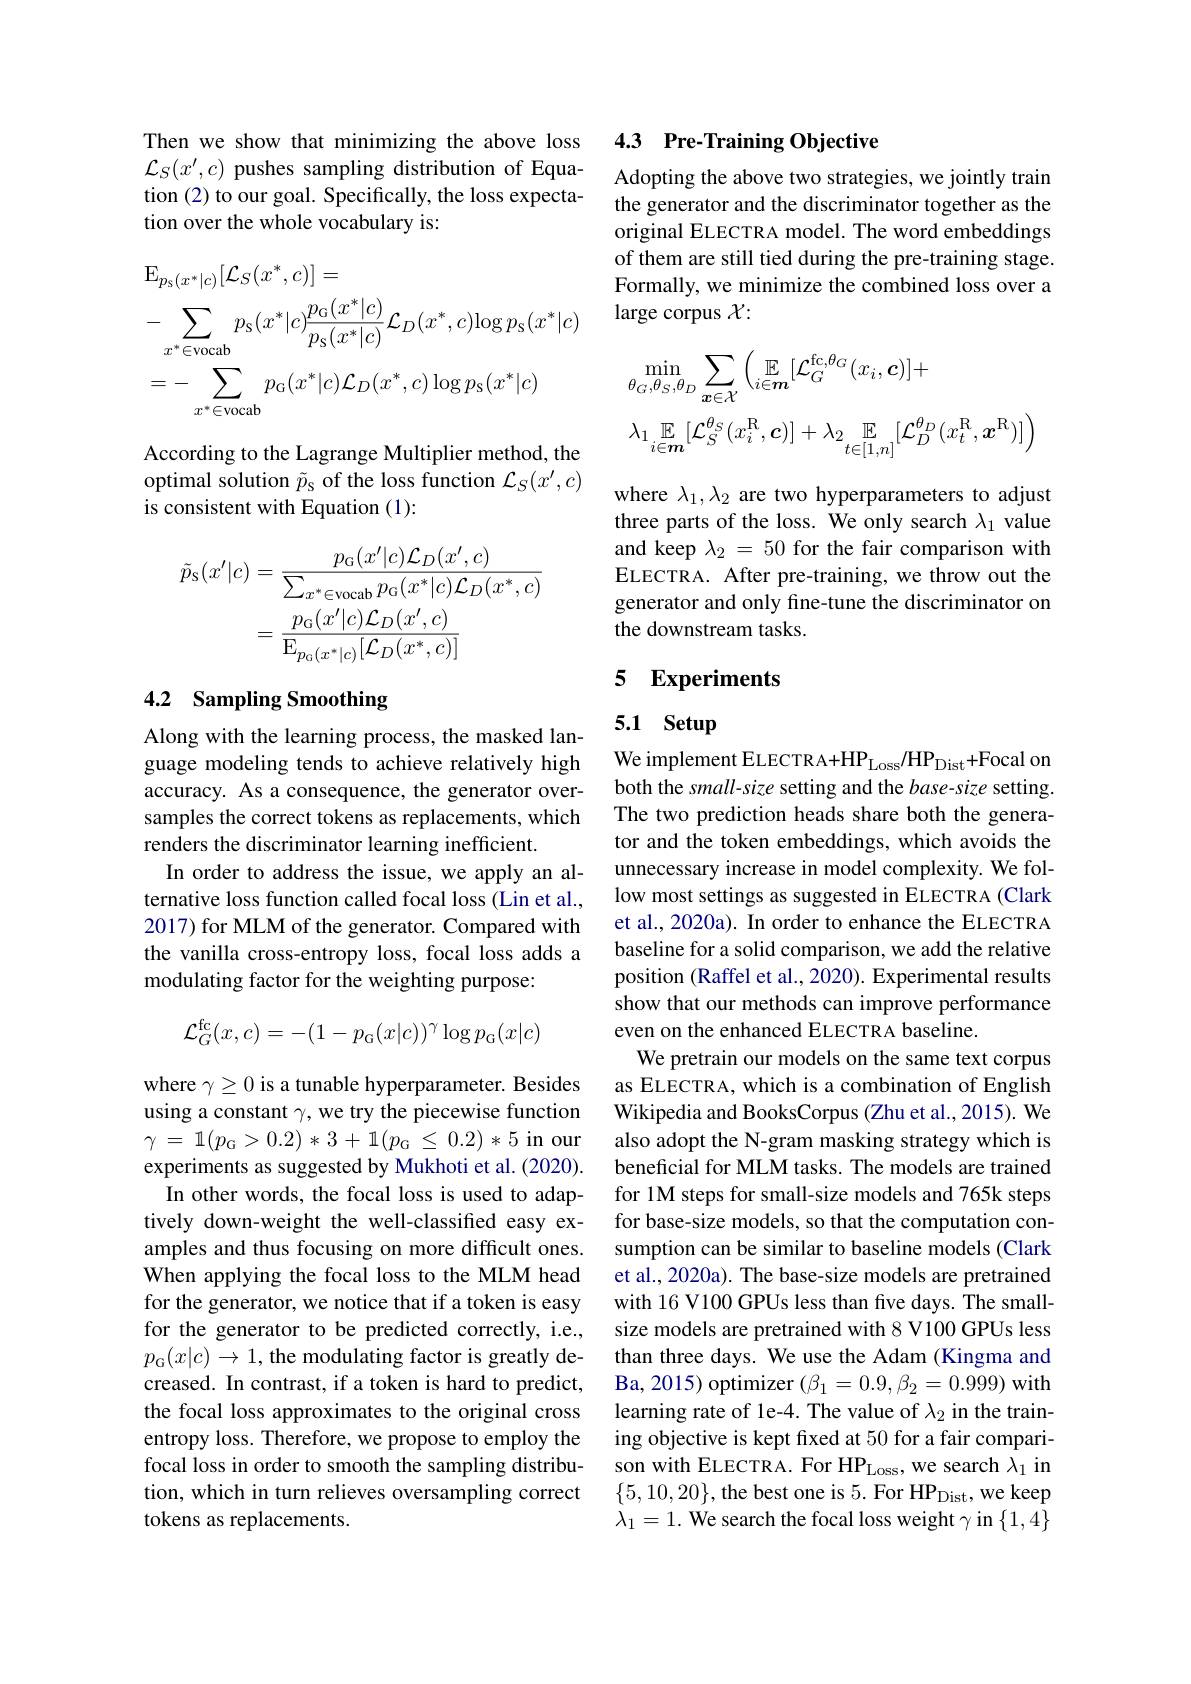
Then we show that minimizing the above loss $\mathcal{L}_S(x^{\prime},c)$ pushes sampling distribution of Equation (2) to our goal. Specifically, the loss expectation over the whole vocabulary is:
$$\begin{aligned}&\operatorname{E}_{p_{s}(x^{*}|c)}[\mathcal{L}_{S}(x^{*},c)]=\\&-\sum_{x^{*}\in\mathrm{vocab}}p_{S}(x^{*}|c)\frac{p_{\mathrm{G}}(x^{*}|c)}{p_{\mathrm{S}}(x^{*}|c)}\mathcal{L}_{D}(x^{*},c)\mathrm{log}\:p_{\mathrm{s}}(x^{*}|c)\\&=-\sum_{x^{*}\in\mathrm{vocab}}p_{\mathrm{G}}(x^{*}|c)\mathcal{L}_{D}(x^{*},c)\log p_{\mathrm{s}}(x^{*}|c)\end{aligned}$$
According to the Lagrange Multiplier method, the optimal solution $\tilde{p}_{\mathrm{s}}$ of the loss function $\mathcal{L}_S(x^\prime,c)$ is consistent with Equation (1):
$$\begin{aligned}\tilde{p}_{\mathrm{S}}(x^{\prime}|c)&=\frac{p_{\mathrm{G}}(x^{\prime}|c)\mathcal{L}_{D}(x^{\prime},c)}{\sum_{x^{*}\in\mathrm{vocab}}p_{\mathrm{G}}(x^{*}|c)\mathcal{L}_{D}(x^{*},c)}\\&=\frac{p_{\mathrm{G}}(x^{\prime}|c)\mathcal{L}_{D}(x^{\prime},c)}{\mathrm{E}_{p_{\mathrm{G}}(x^{*}|c)}[\mathcal{L}_{D}(x^{*},c)]}\end{aligned}$$
## 4.2 Sampling Smoothing

Along with the learning process, the masked language modeling tends to achieve relatively high accuracy. As a consequence, the generator oversamples the correct tokens as replacements, which renders the discriminator learning inefficient.
In order to address the issue, we apply an alternative loss function called focal loss (Lin et al., 2017) for MLM of the generator. Compared with the vanilla cross-entropy loss, focal loss adds a modulating factor for the weighting purpose:
$$\mathcal{L}_{G}^{\mathrm{fc}}(x,c)=-(1-p_{\mathrm{G}}(x|c))^{\gamma}\log p_{\mathrm{G}}(x|c)$$
where $\gamma\geq0$ is a tunable hyperparameter. Besides using a constant $\gamma$, we try the piecewise function $\gamma$ = $1( p_{\mathrm{G} }> 0. 2)$ * 3 + $1( p_{\mathrm{G} }$ $\leq$ 0.2) * 5 in our experiments as suggested by Mukhoti et al. (2020).
In other words, the focal loss is used to adaptively down-weight the well-classified easy examples and thus focusing on more difficult ones. When applying the focal loss to the MLM head for the generator, we notice that if a token is easy for the generator to be predicted correctly, i.e., $p_{\mathrm{G}}(x|c)\to1$, the modulating factor is greatly decreased. In contrast, if a token is hard to predict, the focal loss approximates to the original cross entropy loss. Therefore, we propose to employ the focal loss in order to smooth the sampling distribution, which in turn relieves oversampling correct tokens as replacements.

## 4.3 Pre-Training Objective

Adopting the above two strategies, we jointly train the generator and the discriminator together as the original ELECTRA model. The word embeddings of them are still tied during the pre-training stage. Formally, we minimize the combined loss over a large corpus $\chi:$
$$\begin{aligned}&\min_{\theta_{G},\theta_{S},\theta_{D}}\sum_{\boldsymbol{x}\in\mathcal{X}}\Big(\mathbb{E}_{i\in\boldsymbol{m}}[\mathcal{L}_{G}^{\mathrm{fc},\theta_{G}}(x_{i},\boldsymbol{c})]+\\&\lambda_{1}\mathbb{E}_{i\in\boldsymbol{m}}[\mathcal{L}_{S}^{\theta_{S}}(x_{i}^{\mathrm{R}},\boldsymbol{c})]+\lambda_{2}\mathbb{E}_{t\in[1,n]}[\mathcal{L}_{D}^{\theta_{D}}(x_{t}^{\mathrm{R}},\boldsymbol{x}^{\mathrm{R}})]\Big)\end{aligned}$$
where $\lambda_1,\lambda_2$ are two hyperparameters to adjust three parts of the loss. We only search $\lambda_1$ value and keep $\lambda_2=50$ for the fair comparison with ELECTRA. After pre-training, we throw out the generator and only fine-tune the discriminator on the downstream tasks.

### 5 Experiments

## 5.1 Setup

We implement ELECTRA+HP$_\mathrm{Loss}/\mathrm{HP}_\mathrm{Dist}+$Focal on both the small-size setting and the base-size setting. The two prediction heads share both the generator and the token embeddings, which avoids the unnecessary increase in model complexity. We follow most settings as suggested in ELECTRA (Clark et al., 2020a). In order to enhance the ELECTRA baseline for a solid comparison, we add the relative position (Raffel et al., 2020). Experimental results show that our methods can improve performance even on the enhanced ELECTRA baseline.
We pretrain our models on the same text corpus as ELECTRA, which is a combination of English Wikipedia and BooksCorpus (Zhu et al., 2015). We also adopt the N-gram masking strategy which is beneficial for MLM tasks. The models are trained for 1M steps for small-size models and 765k steps for base-size models, so that the computation consumption can be similar to baseline models (Clark et al., 2020a). The base-size models are pretrained with 16 V100 GPUs less than five days. The smallsize models are pretrained with 8 V100 GPUs less than three days. We use the Adam (Kingma and Ba, 2015) optimizer $(\beta_1=0.9,\beta_2=0.999)$ with learning rate of 1e-4. The value of $\lambda_2$ in the training objective is kept fixed at 50 for a fair comparison with ELECTRA. For HP$_\mathrm{Loss}$, we search $\lambda_1$ in $\{5,10,20\}$,the best one is 5. For HP$_\mathrm{Dist}$,we keep $\lambda_1=1.$ We search the focal loss weight $\gamma$ in $\{1,4\}$